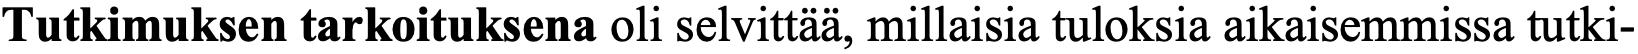
Tutkimuksen tarkoituksena oli selvittää, millaisia tuloksia aikaisemmissa tutki-